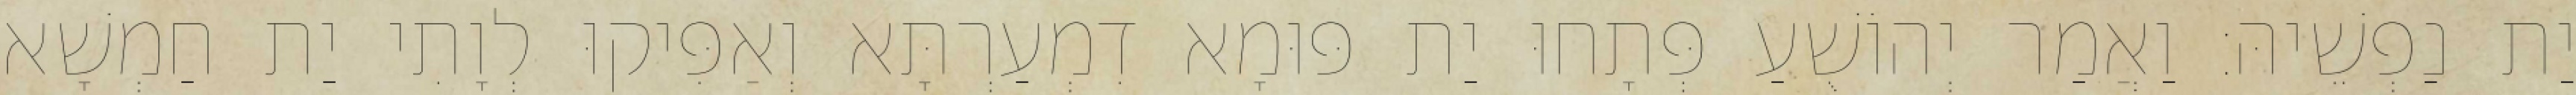
יַת נַפְשֵׁיהּ׃ וַאֲמַר יְהוֹשֻׁעַ פְּתָחוּ יַת פּוּמָא דִמְעַרְתָּא וְאַפִּיקוּ לְוָתִי יַת חַמְשָׁא